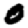
Digit: 0